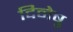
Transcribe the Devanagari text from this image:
दिनेषु